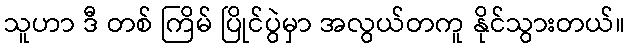
သူဟာ ဒီ တစ် ကြိမ် ပြိုင်ပွဲမှာ အလွယ်တကူ နိုင်သွားတယ်။